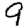
Digit: 9